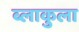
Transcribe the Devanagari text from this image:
ब्लाकुला